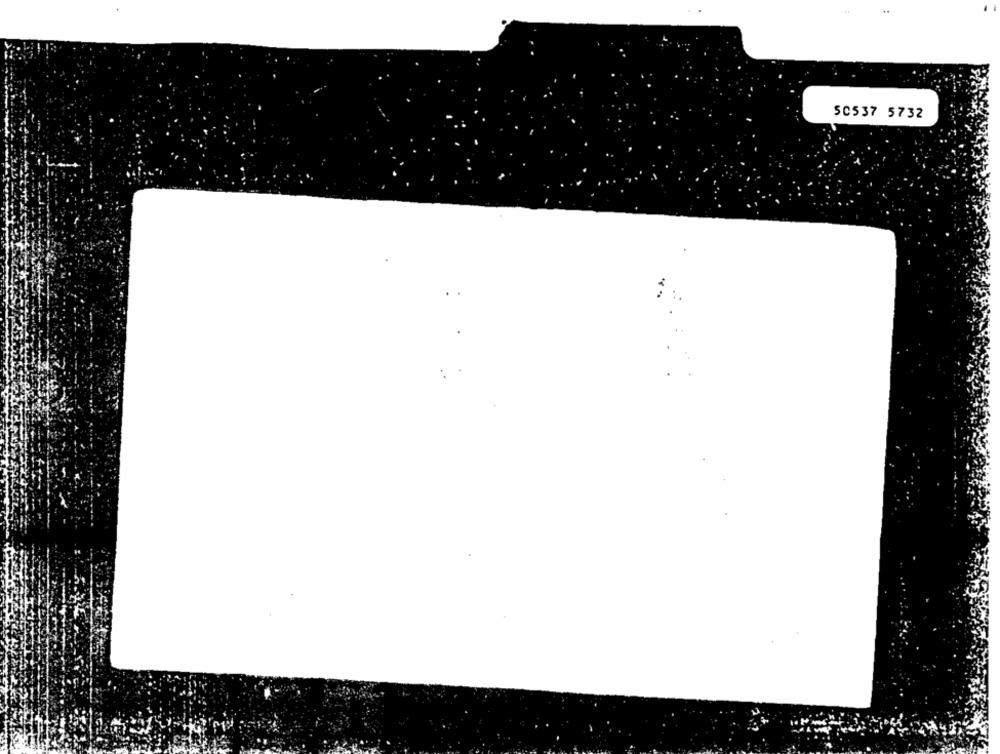
50537 5732